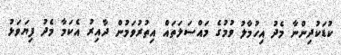
ކުޑަކުދިންނާ މެދު އިހުމާލު ވުމުގެ މައްސަލަތައް އިތުރުވަމުން ދާއިރު އެކަމާ މެދު ފިޔަވަޅު